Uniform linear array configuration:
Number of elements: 64
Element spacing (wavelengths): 0.75
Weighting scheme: cosine
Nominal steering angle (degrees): -45
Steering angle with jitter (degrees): -43.414
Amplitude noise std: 0.05
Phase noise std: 0.05

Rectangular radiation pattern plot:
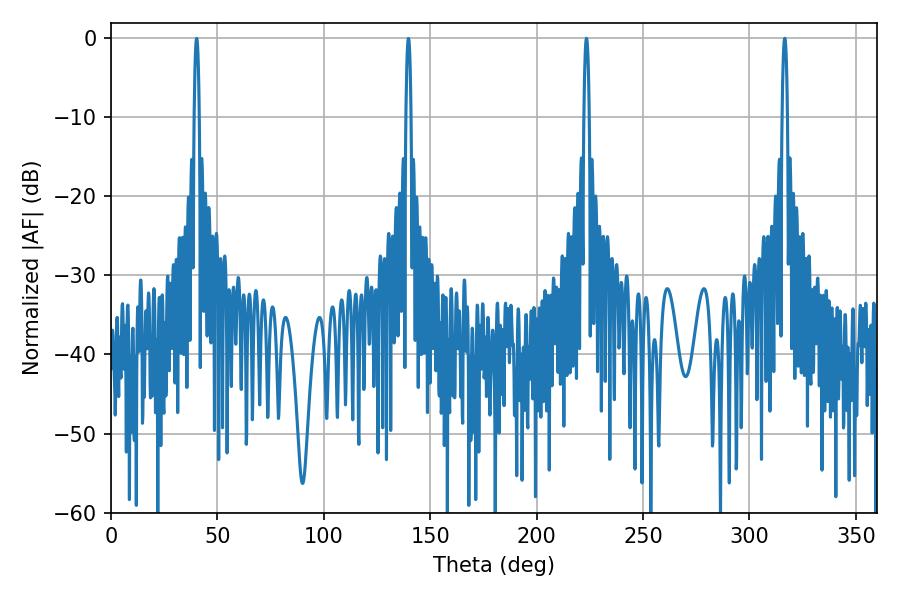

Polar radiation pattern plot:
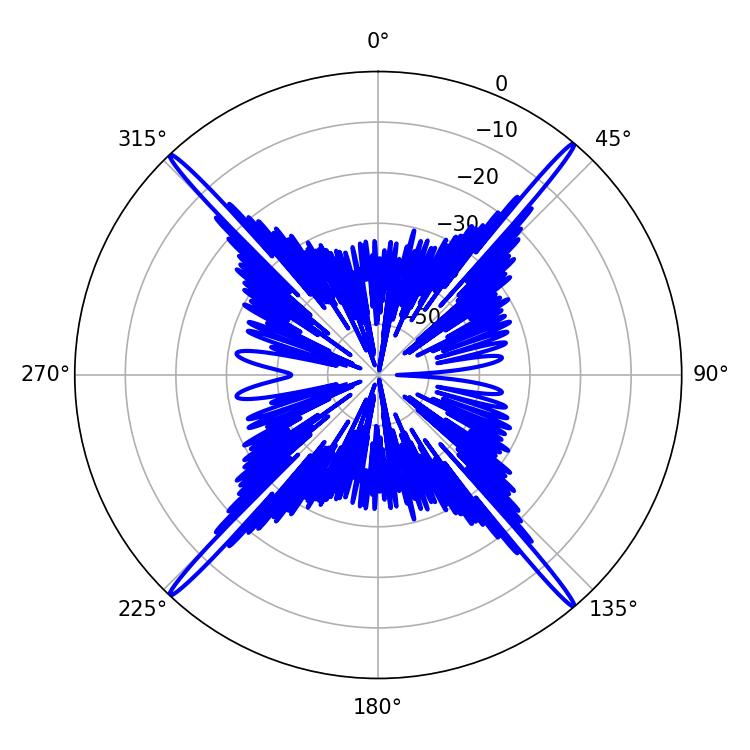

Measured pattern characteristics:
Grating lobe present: TRUE
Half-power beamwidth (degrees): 1.26
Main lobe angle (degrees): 223.38